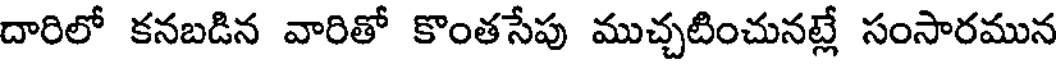
దారిలో కనబడిన వారితో కొంతసేపు ముచ్చటించునట్లే సంసారమున